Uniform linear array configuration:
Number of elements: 8
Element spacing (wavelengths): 0.75
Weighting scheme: hamming
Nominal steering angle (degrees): -15
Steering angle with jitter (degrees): -16.741
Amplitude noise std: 0.05
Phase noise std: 0.05

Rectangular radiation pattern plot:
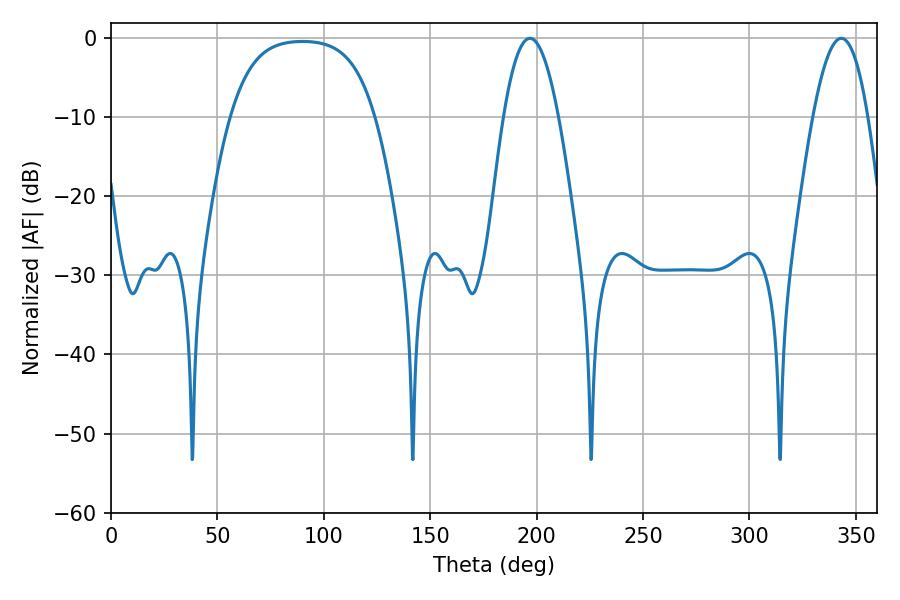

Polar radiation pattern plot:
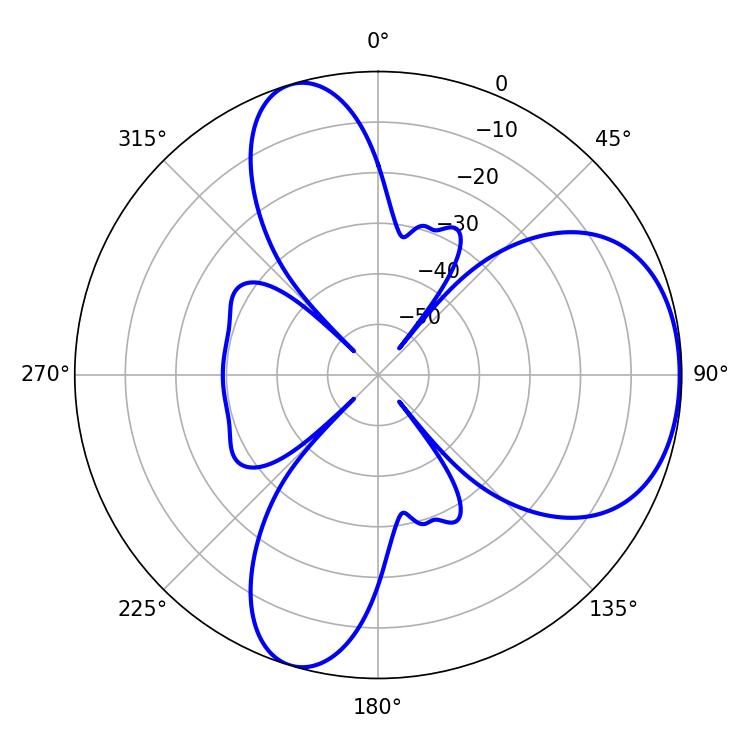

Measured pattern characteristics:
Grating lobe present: TRUE
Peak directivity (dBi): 5.553
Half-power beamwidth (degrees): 14.22
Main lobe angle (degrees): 196.92